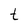
Character: t